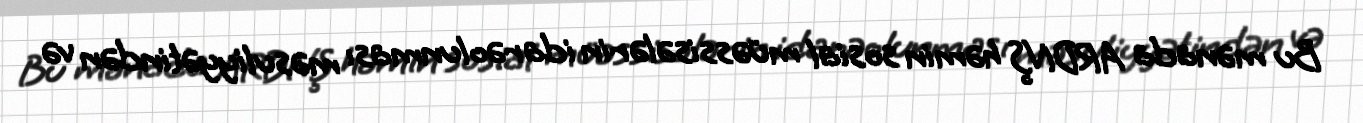
Bu mənada ARDNŞ həmin sosial müəssisələrin idarəolunması məsuliyyətindən və